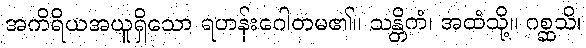
အကိရိယအယူရှိသော ရဟန်းဂေါတမ၏။ သန္တိကံ၊ အထံသို့။ ဂစ္ဆသိ၊